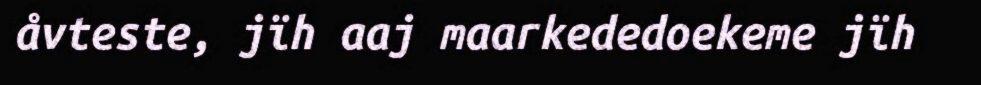
åvteste, jïh aaj maarkededoekeme jïh